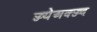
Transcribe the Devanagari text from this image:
ज्ज्येअक्ज्ज्द